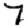
Digit: 7